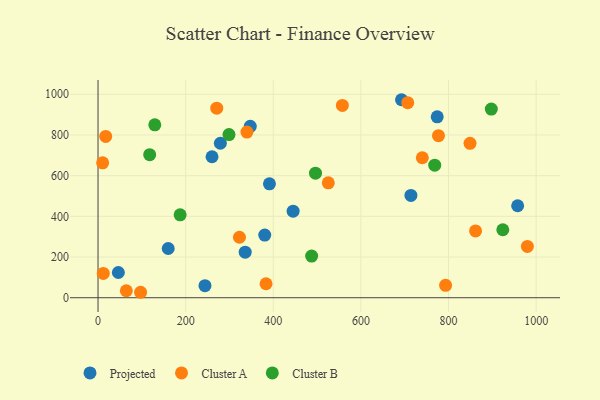
{"axis": {"x": "Price", "y": "Salary"}, "legend": ["Cluster A", "Cluster B", "Projected"], "data": [{"x": "714.2", "y": 503.0, "type": "Projected"}, {"x": "380.5", "y": 307.9, "type": "Projected"}, {"x": "46.4", "y": 124.0, "type": "Projected"}, {"x": "244.1", "y": 59.0, "type": "Projected"}, {"x": "957.8", "y": 452.1, "type": "Projected"}, {"x": "335.9", "y": 224.1, "type": "Projected"}, {"x": "160.2", "y": 241.9, "type": "Projected"}, {"x": "692.7", "y": 973.3, "type": "Projected"}, {"x": "391.3", "y": 560.1, "type": "Projected"}, {"x": "260.2", "y": 692.9, "type": "Projected"}, {"x": "347.5", "y": 842.5, "type": "Projected"}, {"x": "774.2", "y": 889.4, "type": "Projected"}, {"x": "445.3", "y": 425.7, "type": "Projected"}, {"x": "279.2", "y": 759.3, "type": "Projected"}, {"x": "322.8", "y": 297.2, "type": "Cluster A"}, {"x": "271.0", "y": 931.9, "type": "Cluster A"}, {"x": "793.3", "y": 61.1, "type": "Cluster A"}, {"x": "339.9", "y": 814.5, "type": "Cluster A"}, {"x": "525.6", "y": 564.7, "type": "Cluster A"}, {"x": "740.2", "y": 688.0, "type": "Cluster A"}, {"x": "64.6", "y": 34.2, "type": "Cluster A"}, {"x": "383.5", "y": 68.7, "type": "Cluster A"}, {"x": "557.7", "y": 945.3, "type": "Cluster A"}, {"x": "97.2", "y": 26.8, "type": "Cluster A"}, {"x": "861.7", "y": 328.3, "type": "Cluster A"}, {"x": "17.5", "y": 793.1, "type": "Cluster A"}, {"x": "777.1", "y": 796.8, "type": "Cluster A"}, {"x": "849.1", "y": 759.0, "type": "Cluster A"}, {"x": "706.9", "y": 959.0, "type": "Cluster A"}, {"x": "980.0", "y": 252.3, "type": "Cluster A"}, {"x": "12.0", "y": 119.7, "type": "Cluster A"}, {"x": "10.5", "y": 663.1, "type": "Cluster A"}, {"x": "897.7", "y": 927.1, "type": "Cluster B"}, {"x": "768.5", "y": 651.4, "type": "Cluster B"}, {"x": "129.6", "y": 849.9, "type": "Cluster B"}, {"x": "187.4", "y": 407.6, "type": "Cluster B"}, {"x": "117.9", "y": 703.1, "type": "Cluster B"}, {"x": "487.6", "y": 204.7, "type": "Cluster B"}, {"x": "496.4", "y": 612.3, "type": "Cluster B"}, {"x": "923.9", "y": 334.2, "type": "Cluster B"}, {"x": "298.9", "y": 801.9, "type": "Cluster B"}]}